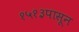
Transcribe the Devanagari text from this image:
१५१३पासून